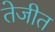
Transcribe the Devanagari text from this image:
तेजीत